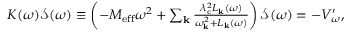
\begin{array} { r } { K ( \omega ) \mathcal { S } ( \omega ) \equiv \left( - M _ { \mathrm { e f f } } \omega ^ { 2 } + \sum _ { \mathbf { k } } \frac { \lambda _ { \mathrm { c } } ^ { 2 } L _ { \mathbf { k } } ( \omega ) } { \omega _ { \mathbf { k } } ^ { 2 } + L _ { \mathbf { k } } ( \omega ) } \right) \mathcal { S } ( \omega ) = - V _ { \omega } ^ { \prime } , } \end{array}